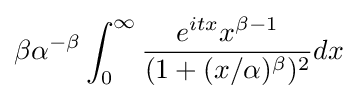
\beta \alpha ^{-\beta }\int _{0}^{\infty }{\frac {e^{itx}x^{\beta -1}}{(1+(x/\alpha )^{\beta })^{2}}}dx